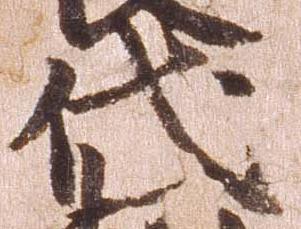
代